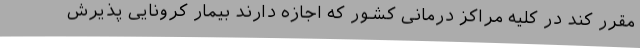
مقرر کند در کلیه مراکز درمانی کشور که اجازه دارند بیمار کرونایی پذیرش